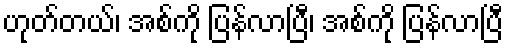
ဟုတ်တယ်၊ အစ်ကို ပြန်လာပြီ၊ အစ်ကို ပြန်လာပြီ